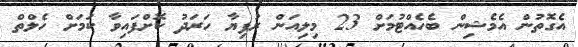
އެގޮތުން އެމެޝިން ބެހެއްޓުމަށް 23 މިލިއަން ރުފިޔާ ހަރަދު ކޮށްފައިވާ ކަމަށް ހެލްތް